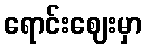
ရောင်းဈေးမှာ